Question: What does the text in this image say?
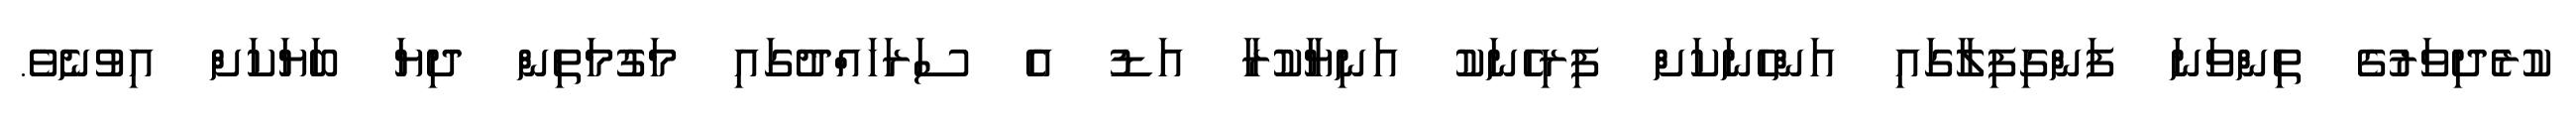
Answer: ކުރެދިވަރުގެ ތިންވަނަ ފަންގިފިލާގައި އަންހެނަކަށް ފިރިހެނަކު އަނިޔާކުރާ އަޑު އެ ސަރަހައްދުގައި މަގުމަތިން ދިޔަ ބަޔަކަށް އިވުނެވެ.